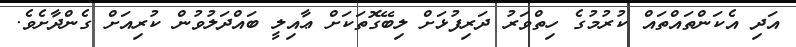
އަދި އެކަންތައްތައް ކުރުމުގެ ހިތްވަރު ދަރިފުޅަށް ލިބޭގޮތަކަށް ޢާއިލީ ބައްދަލުވުން ކުރިއަށް ގެންދާށެވެ.